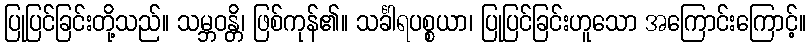
ပြုပြင်ခြင်းတို့သည်။ သမ္ဘဝန္တိ၊ ဖြစ်ကုန်၏။ သင်္ခါရပစ္စယာ၊ ပြုပြင်ခြင်းဟူသော အကြောင်းကြောင့်။